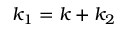
k _ { 1 } = k + k _ { 2 }